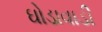
ઘોડાવાડી